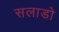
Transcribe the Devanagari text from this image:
सलाडो